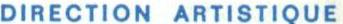
DIRECTION ARTISTIQUE